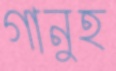
গানুহ